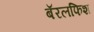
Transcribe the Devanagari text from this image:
बॅरलफिश